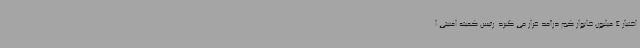
اختیار 4 میلیون خانوار کم درآمد قرار می گیرد. رئیس کمیته امنیتی ا